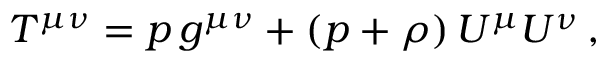
T ^ { \mu \nu } = p \, g ^ { \mu \nu } + ( p + \rho ) \, U ^ { \mu } U ^ { \nu } \, ,